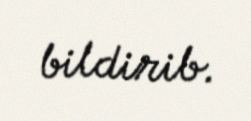
bildirib.